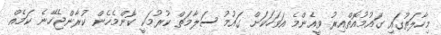
މިހާލަތުގައި ގައުމުއޮތްއިރު ވީއެންމެ އަވަހަކަށް ގައުމު ސަލާމަތް ކުރުމަކީ ކޮންމެހެން ކުރާންޖެހޭނެ ކަމެއް